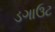
ડગાઉટ